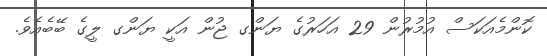
ކޮންމެއަކަސް އުމުރުން 29 އަަހަރުގެ ޔަންގ ޖުން އަކީ ޔަންގ ލީގެ ބޭބެއެވެ.